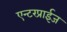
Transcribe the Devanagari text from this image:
एन्टरप्राईज